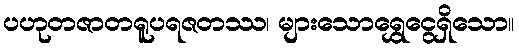
ပဟုတဇာတရူပရဇတဿ၊ များသောရွှေငွေရှိသော။